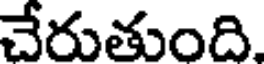
చేరుతుంది.